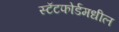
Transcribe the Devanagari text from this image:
स्टॅटफोर्डमधील